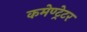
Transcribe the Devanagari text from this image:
कमेण्ट्रेटर